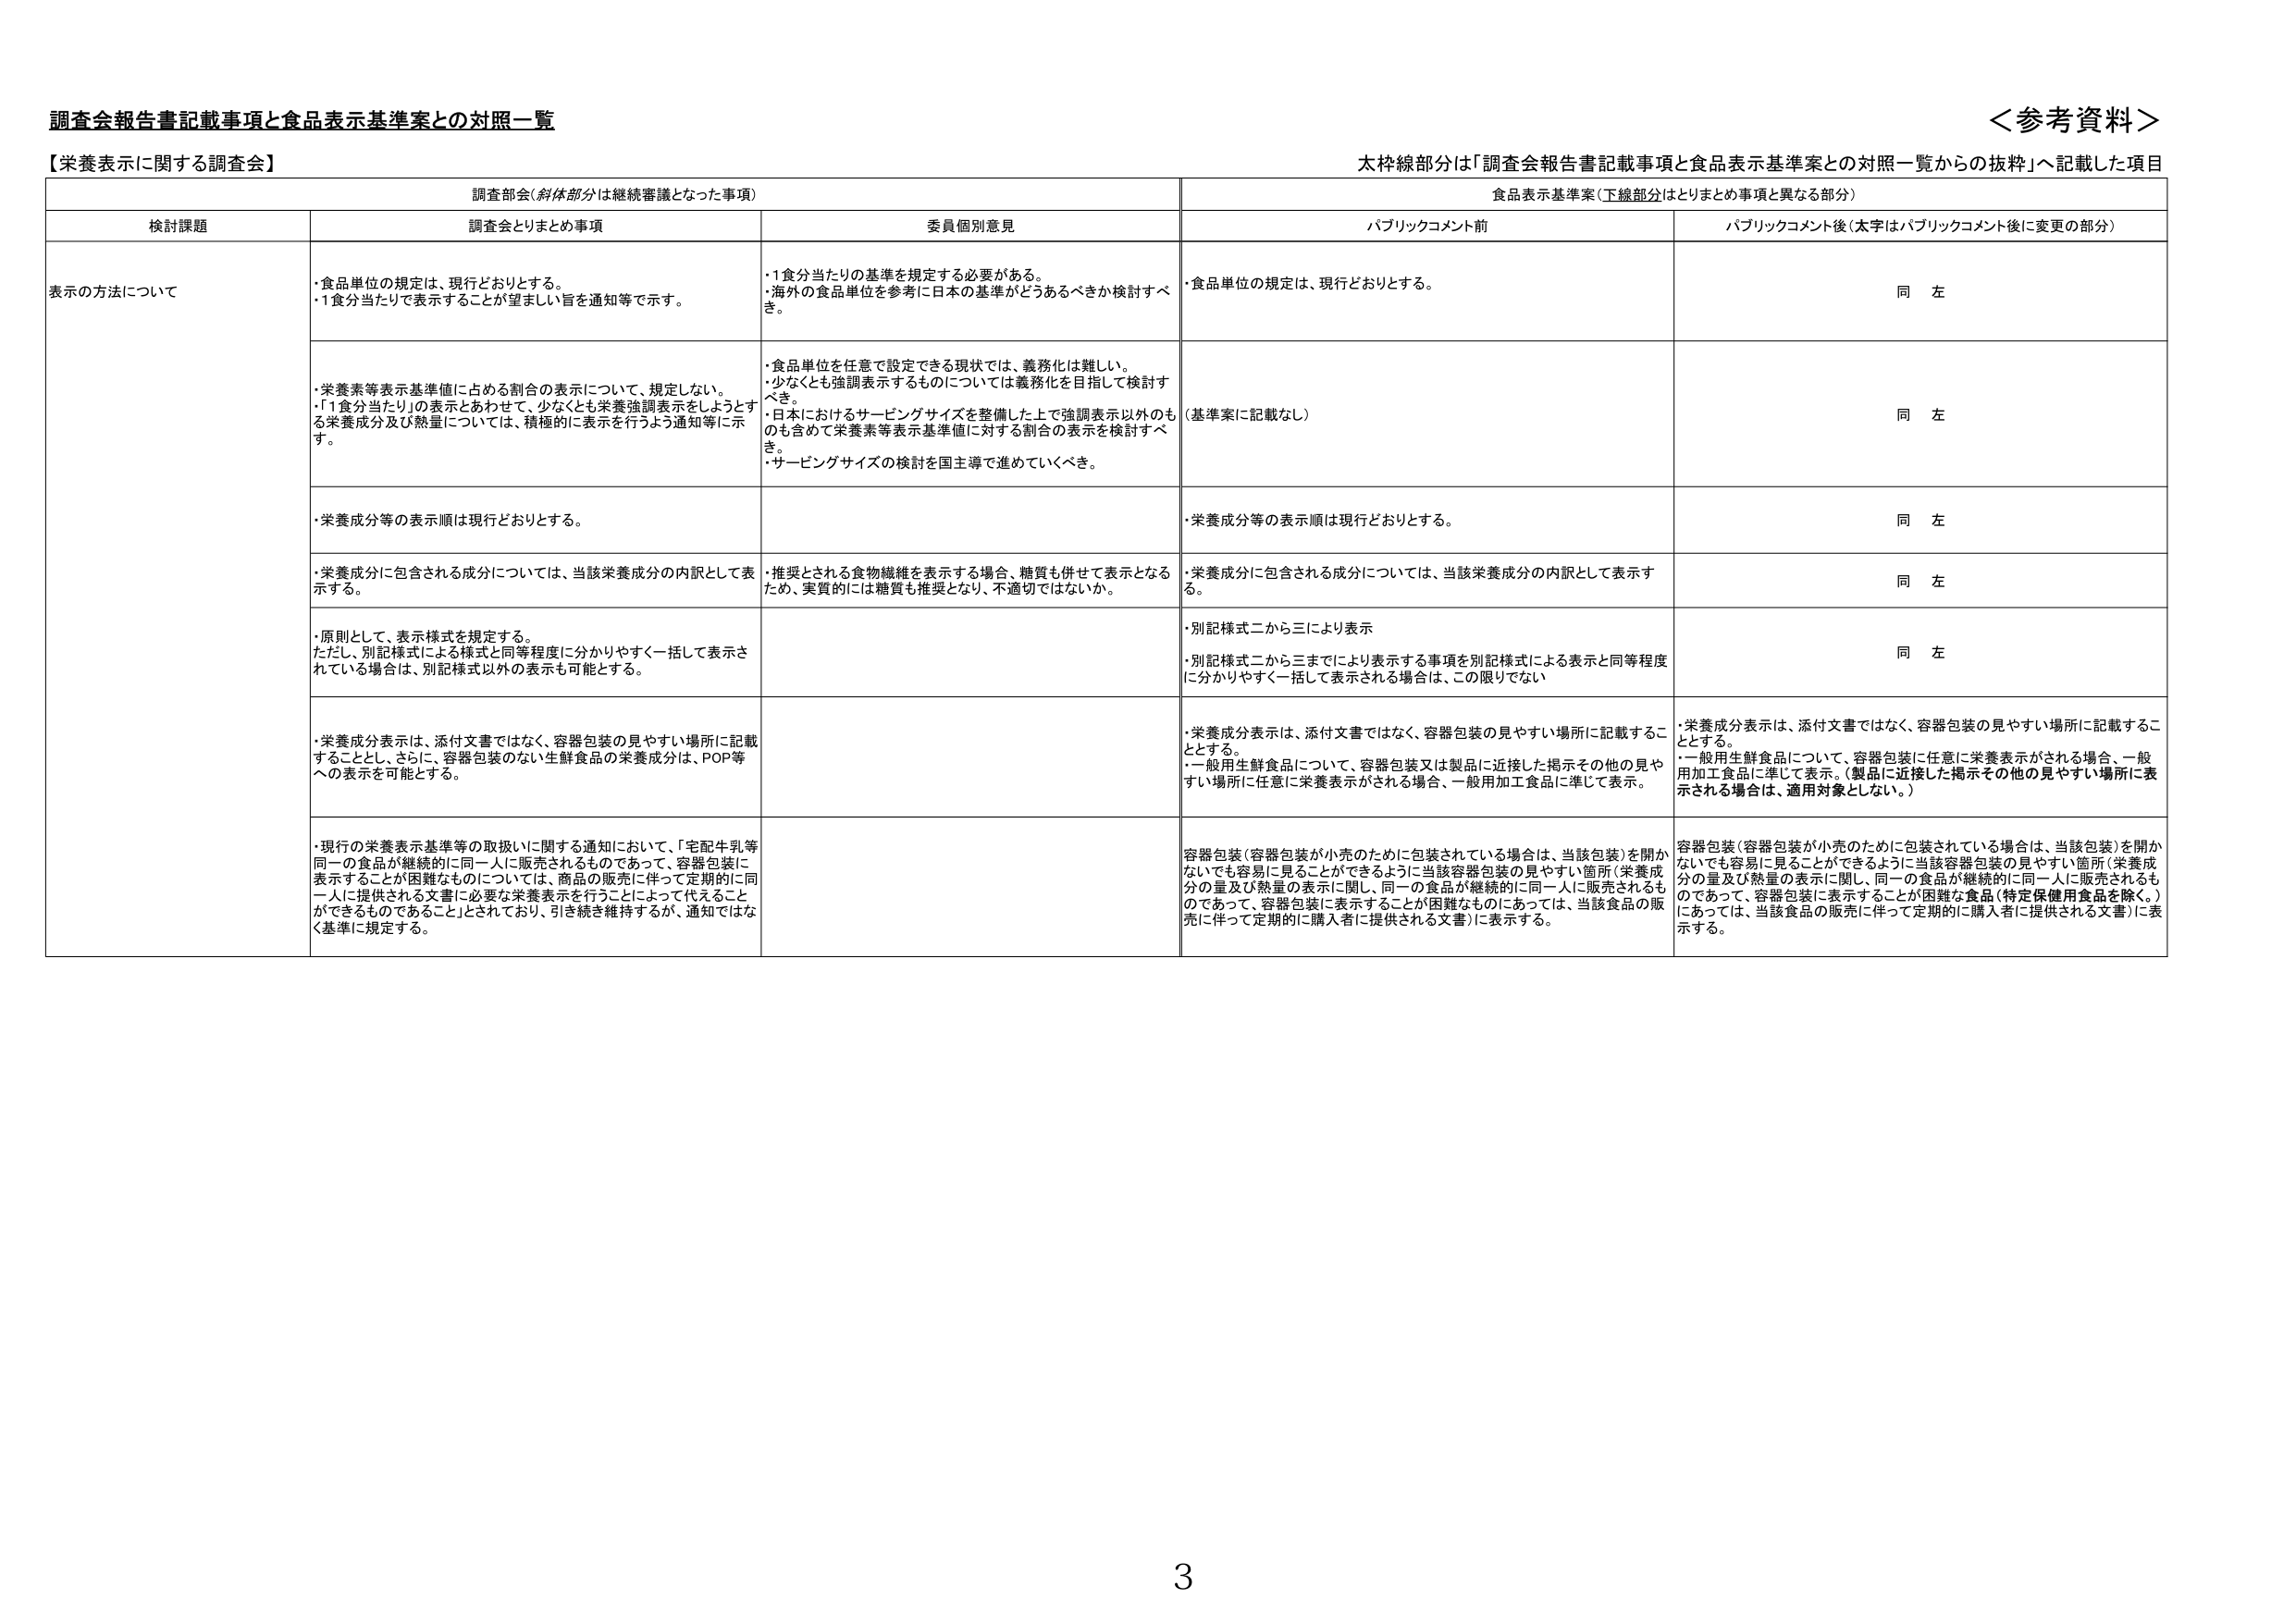
調査会報告書記載事項と食品表示基準案との対照一覧
＜参考資料＞

【栄養表示に関する調査会】
太枠線部分は「調査会報告書記載事項と食品表示基準案との対照一覧からの抜粋」へ記載した項目

調査部会（斜体部分は継続審議となった事項）
食品表示基準案（下線部分はとりまとめ事項と異なる部分）

検討課題
調査会とりまとめ事項
委員個別意見
パブリックコメント前
パブリックコメント後（太字はパブリックコメント後に変更の部分）

表示の方法について
・食品単位の規定は、現行どおりとする。
・1食分当たりで表示することが望ましい旨を通知等で示す。
・1食分当たりの基準を規定する必要がある。
・海外の食品単位を参考に日本の基準がどうあるべきか検討すべき。
・食品単位の規定は、現行どおりとする。
同 左

・栄養素等表示基準値に占める割合の表示について、規定しない。
・「1食分当たり」の表示とあわせて、少なくとも栄養強調表示をしようとする栄養成分及び熱量については、積極的に表示を行うよう通知等に示す。
・食品単位を任意で設定できる現状では、義務化は難しい。
・少なくとも強調表示するものについては義務化を目指して検討すべき。
・日本におけるサービングサイズを整備した上で強調表示以外のものも含めて栄養素等表示基準値に対する割合の表示を検討すべき。
・サービングサイズの検討を国主導で進めていくべき。
（基準案に記載なし）
同 左

・栄養成分等の表示順は現行どおりとする。
・栄養成分等の表示順は現行どおりとする。
同 左

・栄養成分に包含される成分については、当該栄養成分の内訳として表示する。
・推奨とされる食物繊維を表示する場合、糖質も併せて表示となるため、実質的には糖質も推奨となり、不適切ではないか。
・栄養成分に包含される成分については、当該栄養成分の内訳として表示する。
同 左

・原則として、表示様式を規定する。
ただし、別記様式による様式と同等程度に分かりやすく一括して表示されている場合は、別記様式以外の表示も可能とする。
・別記様式二から三により表示
・別記様式二から三までにより表示する事項を別記様式による表示と同等程度に分かりやすく一括して表示される場合は、この限りでない
同 左

・栄養成分表示は、添付文書ではなく、容器包装の見やすい場所に記載することとし、さらに、容器包装のない生鮮食品の栄養成分は、POP等への表示を可能とする。
・栄養成分表示は、添付文書ではなく、容器包装の見やすい場所に記載することとする。
・一般用生鮮食品について、容器包装又は製品に近接した掲示その他の見やすい場所に任意に栄養表示がされる場合、一般用加工食品に準じて表示。
・栄養成分表示は、添付文書ではなく、容器包装の見やすい場所に記載することとする。
・一般用生鮮食品について、容器包装に任意に栄養表示がされる場合、一般用加工食品に準じて表示。（製品に近接した掲示その他の見やすい場所に表示される場合は、適用対象としない。）

・現行の栄養表示基準等の取扱いに関する通知において、「宅配牛乳等同一の食品が継続的に同一人に販売されるものであって、容器包装に表示することが困難なものについては、商品の販売に伴って定期的に同一人に提供される文書に必要な栄養表示を行うことによって代えることができるものであること」とされており、引き続き維持するが、通知ではなく基準に規定する。
容器包装（容器包装が小売のために包装されている場合は、当該包装）を開かなくても容易に見ることができるように当該容器包装の見やすい箇所（栄養成分の量及び熱量の表示に関し、同一の食品が継続的に同一人に販売されるものであって、容器包装に表示することが困難なものにあっては、当該食品の販売に伴って定期的に購入者に提供される文書）に表示する。
容器包装（容器包装が小売のために包装されている場合は、当該包装）を開かなくても容易に見ることができるように当該容器包装の見やすい箇所（栄養成分の量及び熱量の表示に関し、同一の食品が継続的に同一人に販売されるものであって、容器包装に表示することが困難な食品（特定保健用食品を除く。）にあっては、当該食品の販売に伴って定期的に購入者に提供される文書）に表示する。

3